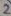
Text: 2